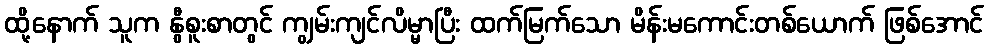
ထို့နောက် သူက နွီစူးစာတွင် ကျွမ်းကျင်လိမ္မာပြီး ထက်မြက်သော မိန်းမကောင်းတစ်ယောက် ဖြစ်အောင်